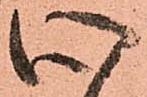
心